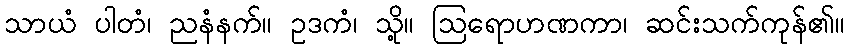
သာယံ ပါတံ၊ ညနံနက်။ ဥဒကံ၊ သို့။ ဩရောဟဏကာ၊ ဆင်းသက်ကုန်၏။